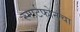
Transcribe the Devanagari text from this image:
स्मार्टफोनचा